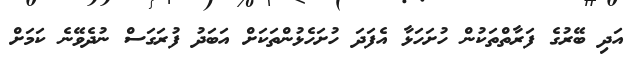
އަދި ބޭރުގެ ފަރާތްތަކުން ހުށަހަޅާ އެފަދަ ހުށަހެޅުންތަކަށް އަބަދު ފުރަގަސް ނުދެވޭނެ ކަމަށް